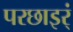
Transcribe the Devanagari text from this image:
परछाइर्ं